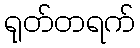
ရုတ်တရက်